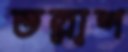
তল্লাশ